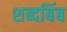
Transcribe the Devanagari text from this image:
शब्दबिंब